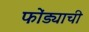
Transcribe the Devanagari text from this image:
फोंड्याची